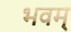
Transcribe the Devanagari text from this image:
भवम्